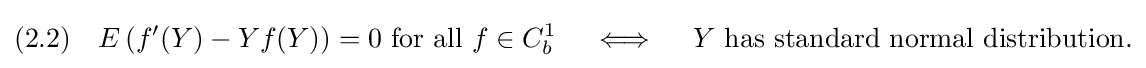
(2.2)\quad E\left(f'(Y)-Yf(Y)\right)=0{\text{ for all }}f\in C_{b}^{1}\quad \iff \quad Y{\text{ has standard normal distribution.}}